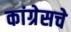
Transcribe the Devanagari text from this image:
कांग्रेसचे